NAE_EAOK_eestikeelsed_sunnimeetrikad, lk 113
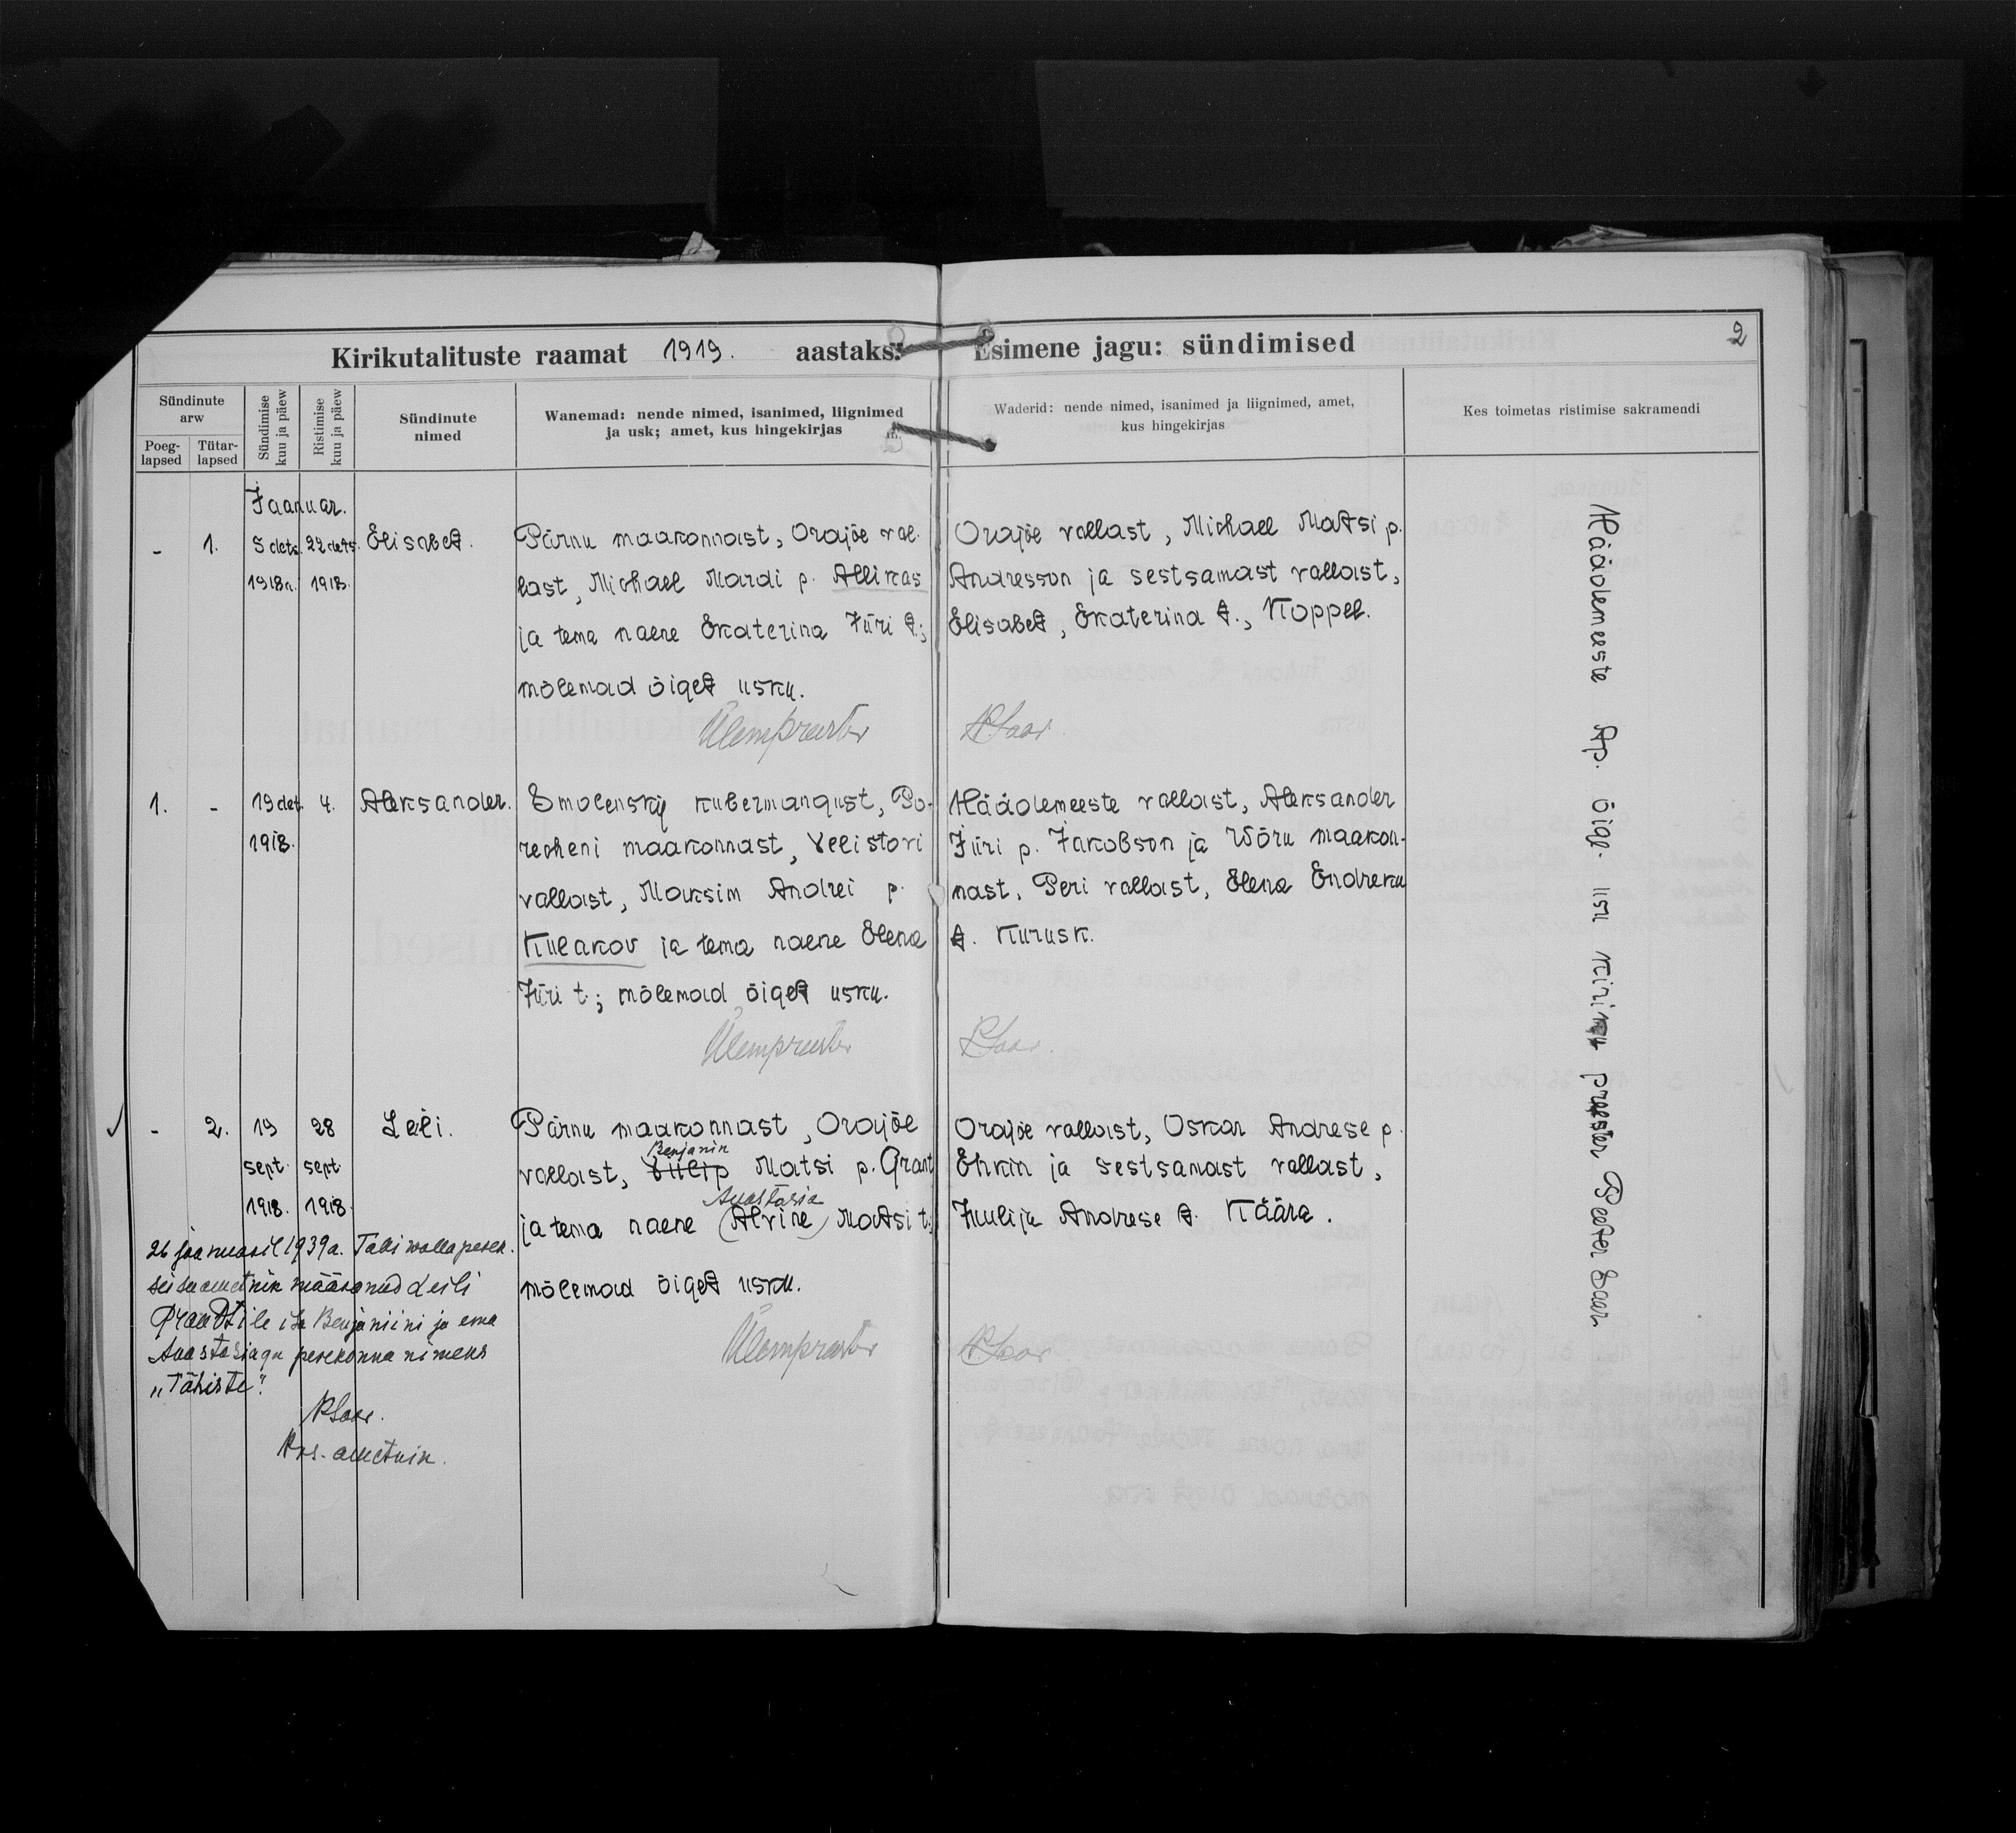
Elisabet

Aleksander

Leeli

Pärnu maakonnast, Orajõe val-
last, Michael Mardi p. Allikas
ja tema naene Ekaterina Jüri t.
mõlemad õiget usku.

Smolensky kubermangust, Po-
recheni maakonnast, Velistori
vallast, Maksim Andrei p.
Meakov ja tema naene Elene
Jüri t.; mõlemad õiget usku.

Pärnu maakonnast, Orajõe
Benjamin
vallast Sneip Matsi p. Grant
Anastasia
ja tema naene (Alvine) Matsi t,;
mõlemad õiget usku.